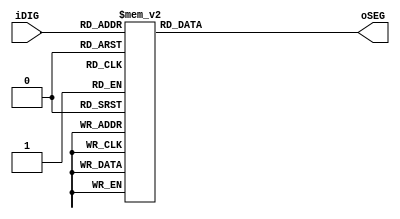
module seg7	(oSEG, iDIG);
input       [3:0]	iDIG;
output reg	[7:0]	oSEG;

always @(iDIG)
begin
		case(iDIG)
		    4'h1: oSEG = 8'b11111001;	
		    4'h2: oSEG = 8'b10100100; 	
		    4'h3: oSEG = 8'b10110000; 	
		    4'h4: oSEG = 8'b10011001; 
		    4'h5: oSEG = 8'b10010010; 
		    4'h6: oSEG = 8'b10000010; 	
		    4'h7: oSEG = 8'b11111000; 	
		    4'h8: oSEG = 8'b10000000; 	
		    4'h9: oSEG = 8'b10011000; 
		    4'ha: oSEG = 8'b10001000;
		    4'hb: oSEG = 8'b10000011;
		    4'hc: oSEG = 8'b11000110;
		    4'hd: oSEG = 8'b10100001;
		    4'he: oSEG = 8'b10000110;
		    4'hf: oSEG = 8'b10001110;
		    4'h0: oSEG = 8'b11000000;
            default:  oSEG = 8'b11111111;
		endcase
end

endmodule